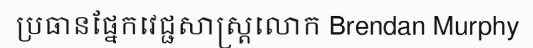
ប្រធានផ្នែកវេជ្ជសាស្ត្រលោក Brendan Murphy